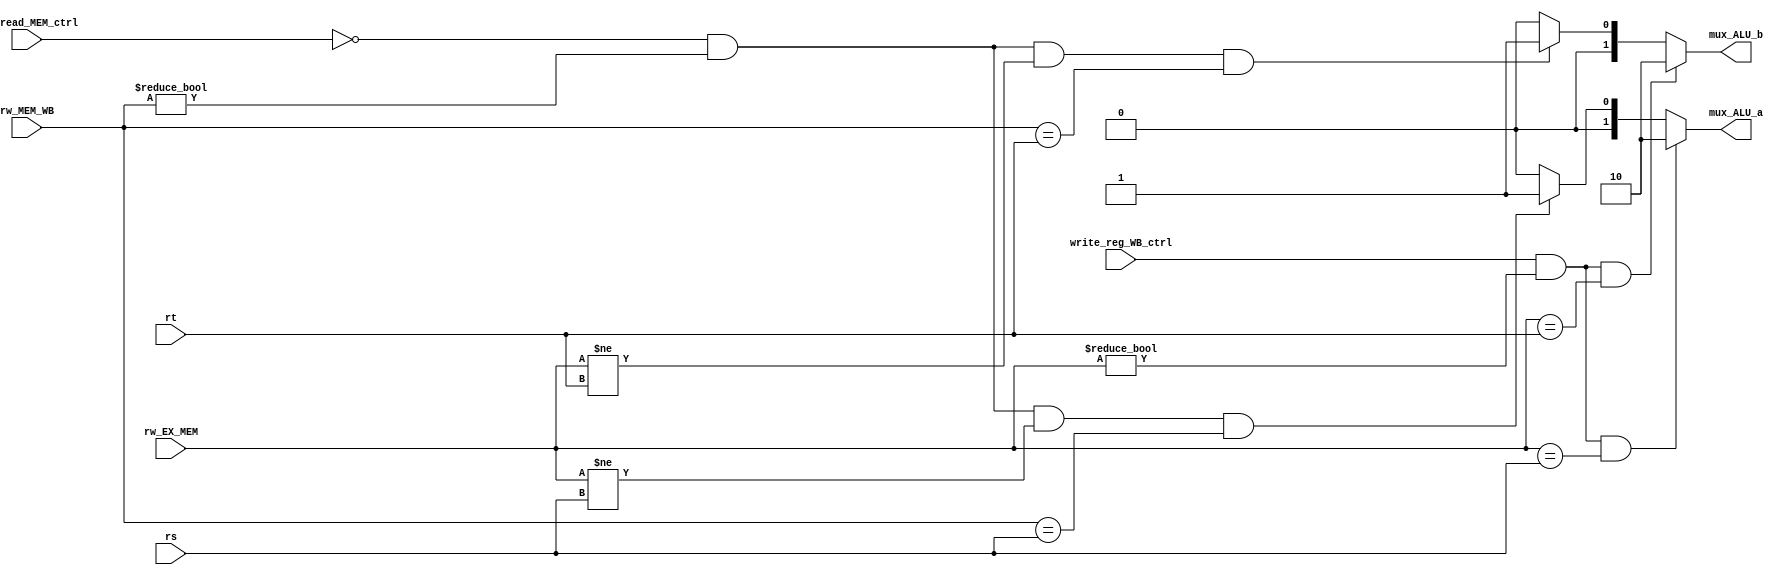
`timescale 1ns / 1ps
//////////////////////////////////////////////////////////////////////////////////
// Company: 
// Engineer: 
// 
// Design Name: 
// Module Name:    forwarding_unit 
// Project Name: 
// Target Devices: 
// Tool versions: 
// Description: 
//
// Dependencies: 
//
// Revision: 
// Revision 0.01 - File Created
// Additional Comments: 
//
//////////////////////////////////////////////////////////////////////////////////
module forwarding_unit(input [4:0] rt,
							  input [4:0] rs,
							  input [4:0] rw_EX_MEM,
							  input [4:0] rw_MEM_WB,
							  input mem_read_MEM_ctrl,
							  input write_reg_WB_ctrl,
							  output reg [1:0] mux_ALU_a,
							  output reg [1:0] mux_ALU_b);

//initial mux_ALU_a = 2'b00;
//initial mux_ALU_b = 2'b00;

	always @ (*)
	begin
		//mux_ALU_a = mux_ALU_a;
		//mux_ALU_b = mux_ALU_b;
		if((write_reg_WB_ctrl == 1)	//Si la que esta en etapa WB escribe un registro
		&& (rw_EX_MEM !=0) 
		&& (rw_EX_MEM == rs))
			mux_ALU_a <= 2'b10;
		else if((mem_read_MEM_ctrl == 0) //Compara con cero porque con 1 escribe en memoria y con cero lee, osea pregunta si esta leyendo
				&& (rw_MEM_WB !=0) 
				&& (rw_EX_MEM != rs)//Control para los hazards de memoria cuando el resultado depende de la unidad de ejecucin
				&& (rw_MEM_WB == rs))
					mux_ALU_a <= 2'b01;
		else 
			mux_ALU_a <= 2'b00;
			
		if(write_reg_WB_ctrl 
			&& (rw_EX_MEM !=0) 
			&& (rw_EX_MEM == rt))
			mux_ALU_b <= 2'b10;
		//else if(mem_read_MEM_ctrl 
		else if((mem_read_MEM_ctrl == 0)
			&& (rw_MEM_WB !=0)
			&& (rw_EX_MEM != rt)//Control para los hazards de memoria cuando el resultado depende de la unidad de ejecucin
			&& (rw_MEM_WB == rt))
			mux_ALU_b <= 2'b01;
		else
			mux_ALU_b <= 2'b00;	
			
	end
endmodule